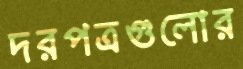
দরপত্রগুলোর